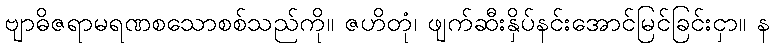
ဗျာဓိဇရာမရဏစသောစစ်သည်ကို။ ဇဟိတုံ၊ ဖျက်ဆီးနှိပ်နင်းအောင်မြင်ခြင်းငှာ။ န